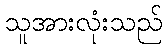
သူအားလုံးသည်